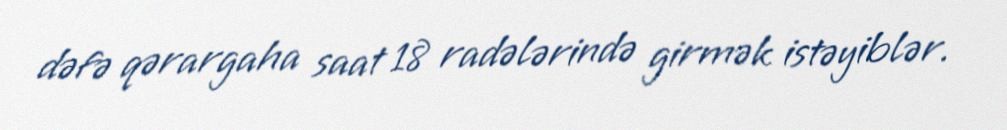
dəfə qərargaha saat 18 radələrində girmək istəyiblər.